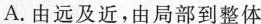
A.由远及近，由局部到整体